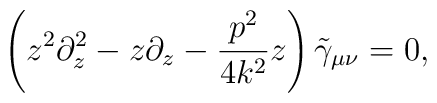
\left( z^2 \partial_z^2 - z\partial_z - \frac{p^2}{4k^2} z \right)  \tilde\gamma_{\mu\nu} =0,